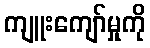
ကျူးကျော်မှုကို